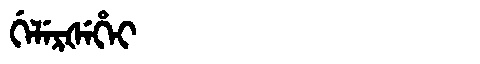
Manchu: ᡤᡝᠯᡝᡵᡧᡝᡥᡝᡳ
Romanization: GELERŠEHEI